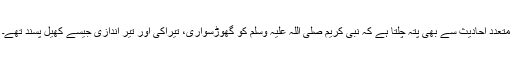
متعدد احادیث سے بھی پتہ چلتا ہے کہ نبی کریم صلی اللہ علیہ وسلم کو گھوڑسواری، تیراکی اور تیر اندازی جیسے کھیل پسند تھے۔